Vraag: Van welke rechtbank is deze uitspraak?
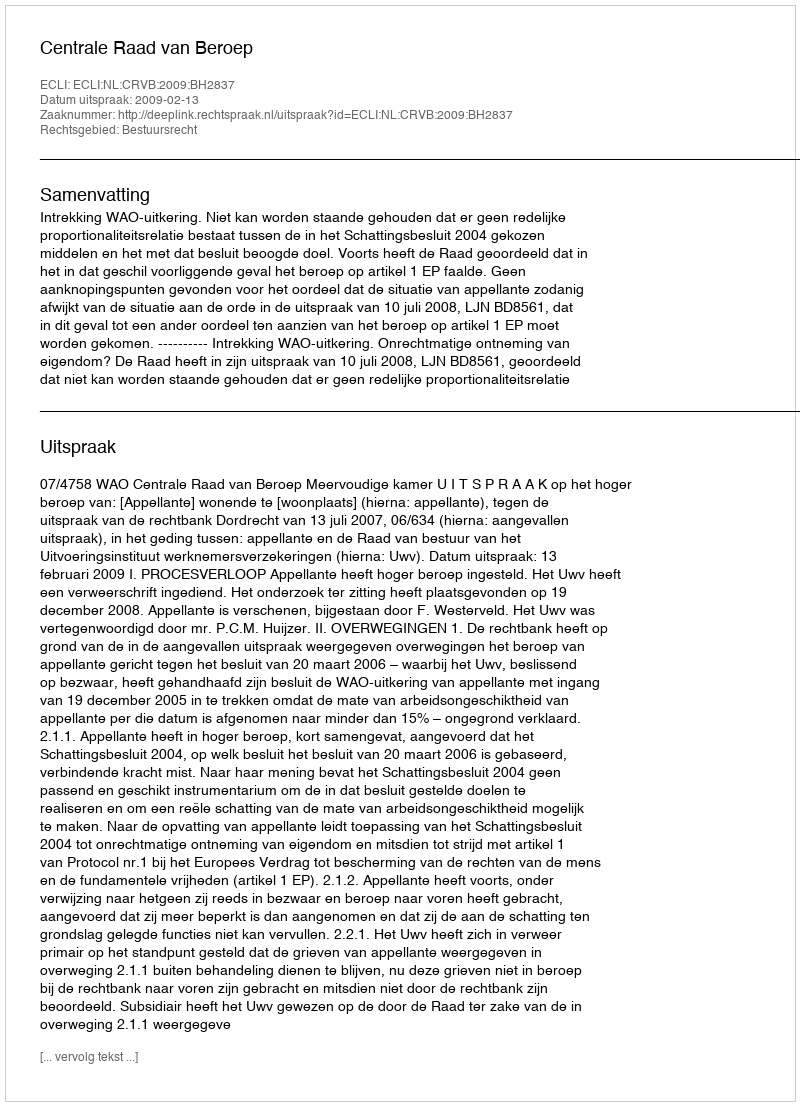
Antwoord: Centrale Raad van Beroep